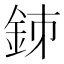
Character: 𨥳